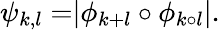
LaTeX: \psi_{k,l}=\rvert\phi_{k+l}\circ\phi_{k\circ l}\rvert.